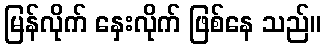
မြန်လိုက် နှေးလိုက် ဖြစ်နေ သည်။